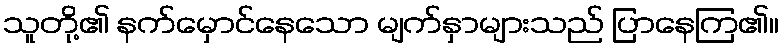
သူတို့၏ နက်မှောင်နေသော မျက်နှာများသည် ပြာနေကြ၏။